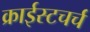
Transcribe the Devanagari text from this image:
क्राईस्टचर्च